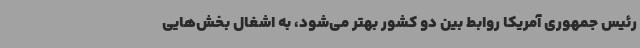
رئیس جمهوری آمریکا روابط بین دو کشور بهتر می‌شود، به اشغال بخش‌هایی